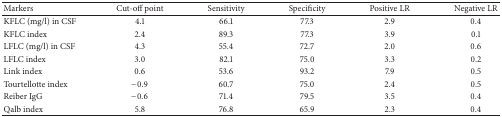
<table><thead><tr><td><b>Markers</b></td><td><b>Cut-off point</b></td><td><b>Sensitivity</b></td><td><b>Specificity</b></td><td><b>Positive LR</b></td><td><b>Negative LR</b></td></tr></thead><tbody><tr><td>KFLC (mg/l) in CSF</td><td>4.1</td><td>66.1</td><td>77.3</td><td>2.9</td><td>0.4</td></tr><tr><td>KFLC index</td><td>2.4</td><td>89.3</td><td>77.3</td><td>3.9</td><td>0.1</td></tr><tr><td>LFLC (mg/l) in CSF</td><td>4.3</td><td>55.4</td><td>72.7</td><td>2.0</td><td>0.6</td></tr><tr><td>LFLC index</td><td>3.0</td><td>82.1</td><td>75.0</td><td>3.3</td><td>0.2</td></tr><tr><td>Link index</td><td>0.6</td><td>53.6</td><td>93.2</td><td>7.9</td><td>0.5</td></tr><tr><td>Tourtellotte index</td><td>−0.9</td><td>60.7</td><td>75.0</td><td>2.4</td><td>0.5</td></tr><tr><td>Reiber IgG</td><td>−0.6</td><td>71.4</td><td>79.5</td><td>3.5</td><td>0.4</td></tr><tr><td>Qalb index</td><td>5.8</td><td>76.8</td><td>65.9</td><td>2.3</td><td>0.4</td></tr></tbody></table>